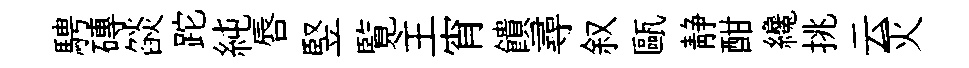
騁磚燄跎純唇竪覧主宵饋尋叙甌静酣纔挑云灭